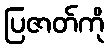
ပြဇာတ်ကို